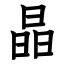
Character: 晶